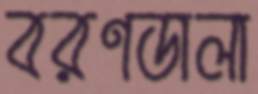
বরণডালা